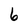
Character: 6